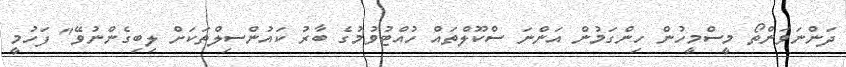
ދަންނަވަންތޯ މީސްމީހުން ހިންގަމުން އަންނަ ސްކޫލްތައް ހުއްޓުވުމުގެ ބާރު ކައުންސިލްތަކަށް ލިބިގެންނުވޭ" ފަހުމީ